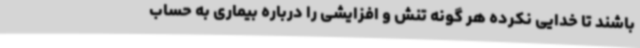
باشند تا خدایی نکرده هر گونه تنش و افزایشی را درباره بیماری به حساب